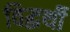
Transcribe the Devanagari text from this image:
विद्धर्थी